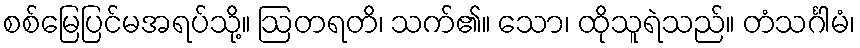
စစ်မြေပြင်မအရပ်သို့။ ဩတရတိ၊ သက်၏။ သော၊ ထိုသူရဲသည်။ တံသင်္ဂါမံ၊